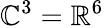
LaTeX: \mathbb{C}^{3}=\mathbb{R}^{6}